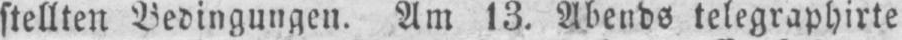
stellten Bedingungen. Am 13. Abends telegraphirte